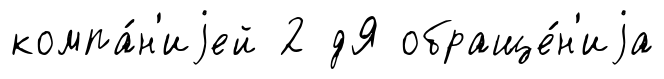
компа́н'иjей 2 дЯ обраще́н'иjа